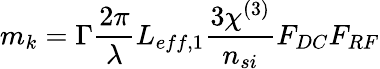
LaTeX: m_{k}=\Gamma\frac{2\pi}{\lambda}L_{eff,1}\frac{3\chi^{(3)}}{n_{si}}F_{DC}F_{RF}